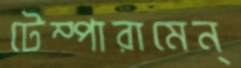
টেম্পারামেন্